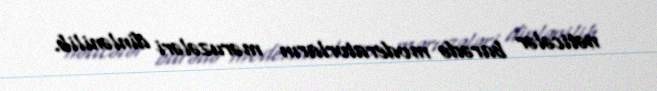
nəticələr barədə moderatorların məruzələri dinlənilib.